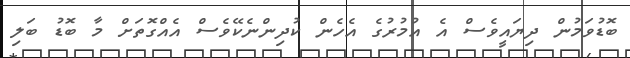
ބޮޑުވަމުން ދިޔައީވެސް އެ އުމުރުގެ އެހެން ކުދިންނެކޭވެސް އެއްގޮތަށް މާ ބޮޑު ބަލި